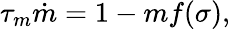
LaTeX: \tau_{m}\dot{m}=1-mf(\sigma),